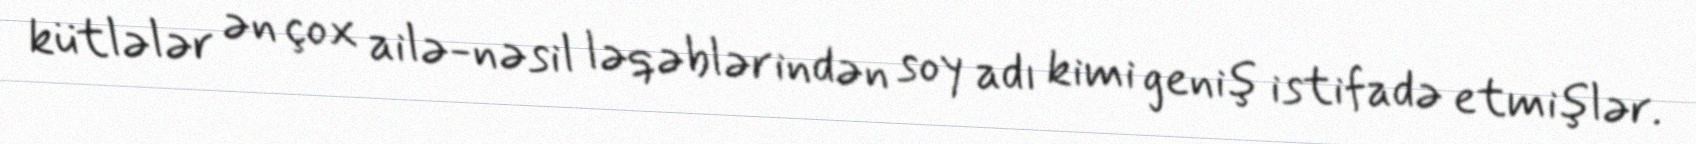
kütlələr ən çox ailə-nəsil ləqəblərindən soy adı kimi geniş istifadə etmişlər.